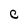
Character: c